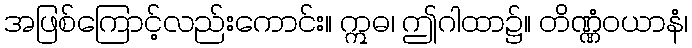
အဖြစ်ကြောင့်လည်းကောင်း။ ဣဓ၊ ဤဂါထာ၌။ တိဏ္ဏံဝယာနံ၊